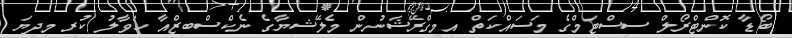
ބޯޑާ ކޮންޓްރޯލް ސިސްޓަމްގެ މަސައްކަތް އިމިގްރޭޝަނުން މެލޭޝިޔާގެ ނެކްސްބިޒްއާ ހަވާލު ކުރީ މިދިޔަ